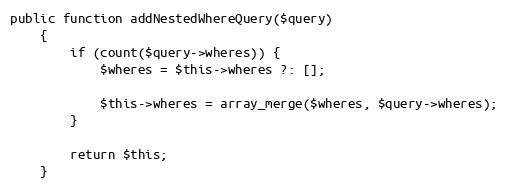
Language: PHP
public function addNestedWhereQuery($query)
    {
        if (count($query->wheres)) {
            $wheres = $this->wheres ?: [];

            $this->wheres = array_merge($wheres, $query->wheres);
        }

        return $this;
    }